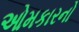
ઓમકારનો